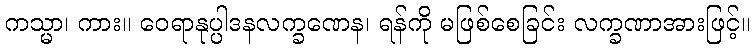
ကသ္မာ၊ ကား။ ဝေရာနုပ္ပါဒနလက္ခဏေန၊ ရန်ကို မဖြစ်စေခြင်း လက္ခဏာအားဖြင့်။